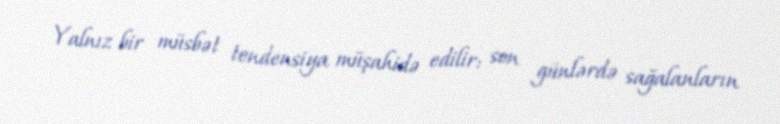
Yalnız bir müsbət tendensiya müşahidə edilir: son günlərdə sağalanların